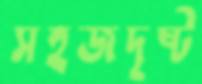
সহজদৃষ্ট